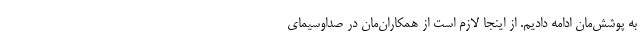
به پوشش‌مان ادامه دادیم. از اینجا لازم است از همکاران‌مان در صداوسیمای